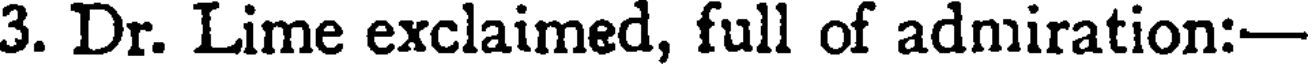
3. Dr. Lime exclaimed, full of adniration:-